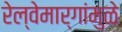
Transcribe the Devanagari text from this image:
रेल्वेमार्गांमुळे